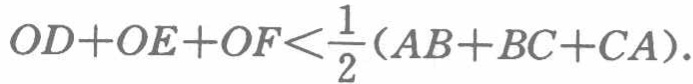
\(OD + OE + OF < \frac{1}{2}(AB + BC + CA)\)